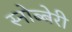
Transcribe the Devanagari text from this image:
स्नोब्बेरी